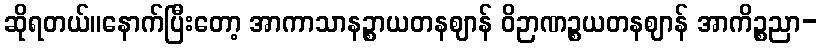
ဆိုရတယ်။နောက်ပြီးတော့ အာကာသာနဉ္စာယတနဈာန် ဝိဉာဏဉ္စယတနဈာန် အာကိဉ္စညာ-